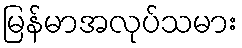
မြန်မာအလုပ်သမား